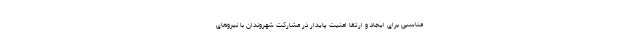
مناسبی برای ایجاد و ارتقا امنیت پایدار در مشارکت شهروندان با نیروهای